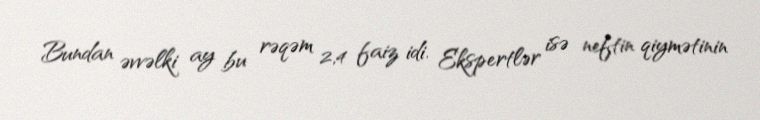
Bundan əvvəlki ay bu rəqəm 2,4 faiz idi. Ekspertlər isə neftin qiymətinin